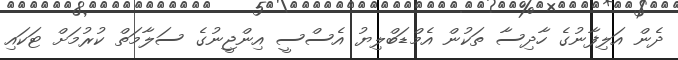
ދެން އަލިފާނުގެ ހާދިސާ ތަކުން އެމްޑަބްލިޔު އެސްސީ އިންޖީނުގެ ސަލާމަތް ކުރުމަށް ޓަކައި